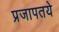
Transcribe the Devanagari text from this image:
प्रजापतये